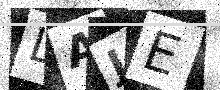
Text: LAJE